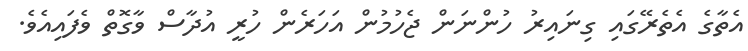
އެތާގެ އެތެރޭގައި ގިނައިރު ހުންނަން ޖެހުމުން އަހަރެން ހުރީ އުދާސް ވާގޮތް ވެފައިއެވެ.